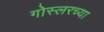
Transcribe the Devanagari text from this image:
गोस्लरच्या